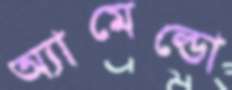
অ্যামেল্ডো